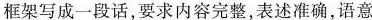
框架写成一段话，要求内容完整，表述准确，语意